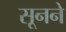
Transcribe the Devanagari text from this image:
सूनने